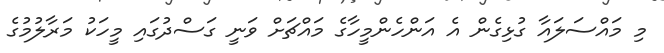
މި މައްސަލައާ ގުޅިގެން އެ އަންހެންމީހާގެ މައްޗަށް ވަނީ ގަސްދުގައި މީހަކު މަރާލުމުގެ